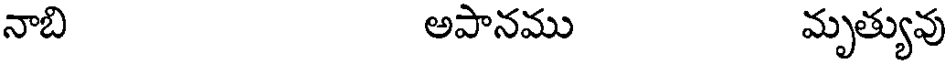
నాబి అపానము మృత్యువు